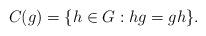
LaTeX: \begin{align*} C(g) = \{h\in G: hg = g h\}.\end{align*}